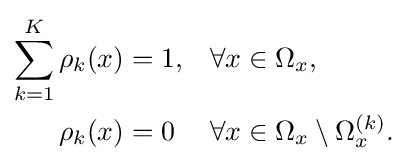
{\begin{aligned}\sum _{k=1}^{K}\rho _{k}(x)&=1,&&\forall x\in \Omega _{x},\\\rho _{k}(x)&=0&&\forall x\in \Omega _{x}\setminus \Omega _{x}^{(k)}.\end{aligned}}